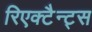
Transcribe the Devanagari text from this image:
रिएक्टैन्ट्स